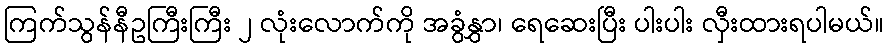
ကြက်သွန်နီဥကြီးကြီး ၂ လုံးလောက်ကို အခွံနွှာ၊ ရေဆေးပြီး ပါးပါး လှီးထားရပါမယ်။